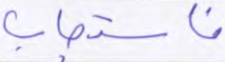
فاستجاب